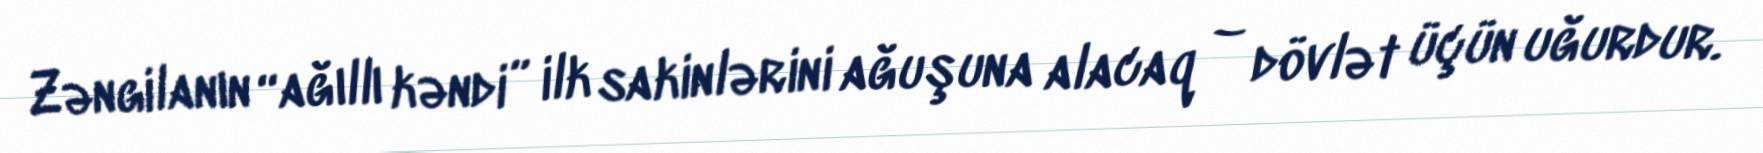
Zəngilanın “ağıllı kəndi” ilk sakinlərini ağuşuna alacaq – dövlət üçün uğurdur.